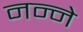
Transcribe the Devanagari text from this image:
नन्ने